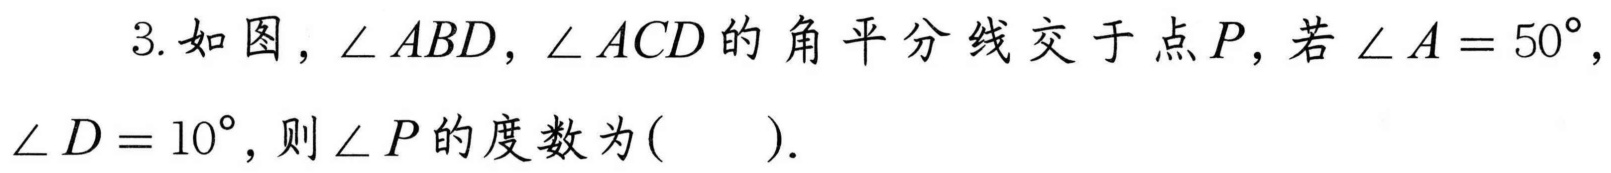
3. 如图，$\angle ABD$，$\angle ACD$的角平分线交于点$P$，若$\angle A = 50^{\circ}$，
$\angle D = 10^{\circ}$，则$\angle P$的度数为(  ).